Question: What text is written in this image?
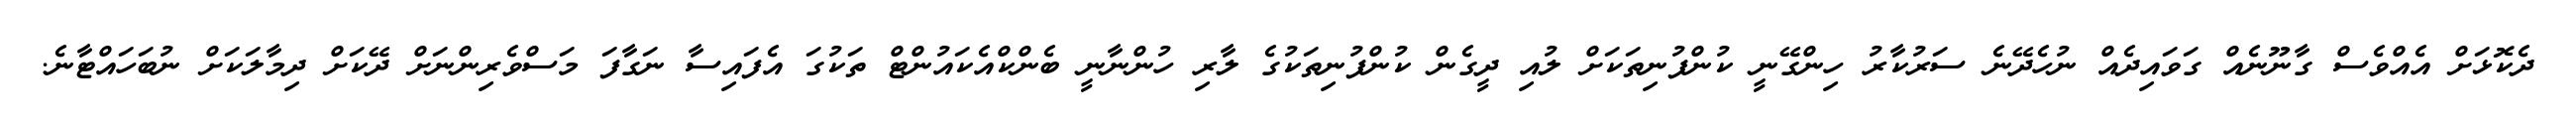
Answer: ދެކޮޅަށް އެއްވެސް ގާނޫނެއް ގަވައިދެއް ނުހެދޭނެ ސަރުކާރު ހިންގޭނީ ކުންފުނިތަކަށް ލުއި ދީގެން ކުންފުނިތަކުގެ ލާރި ހުންނާނީ ބެންކްއެކައުންޓް ތަކުގަ އެފައިސާ ނަގާފަ މަސްވެރިންނަށް ދޭކަށް ދިމާލަކަށް ނުބަހައްޓާނެ.